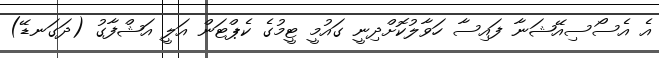
އެ އެސޯސިއޭޝަނާ ފައިސާ ހަވާލުކޮށްދިނީ ގައުމީ ޓީމުގެ ކެޕްޓަން އަލީ އަޝްފާގު (ދަގަނޑޭ)